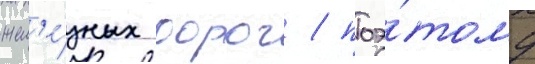
жел'е́зных дорог / поэ́тому